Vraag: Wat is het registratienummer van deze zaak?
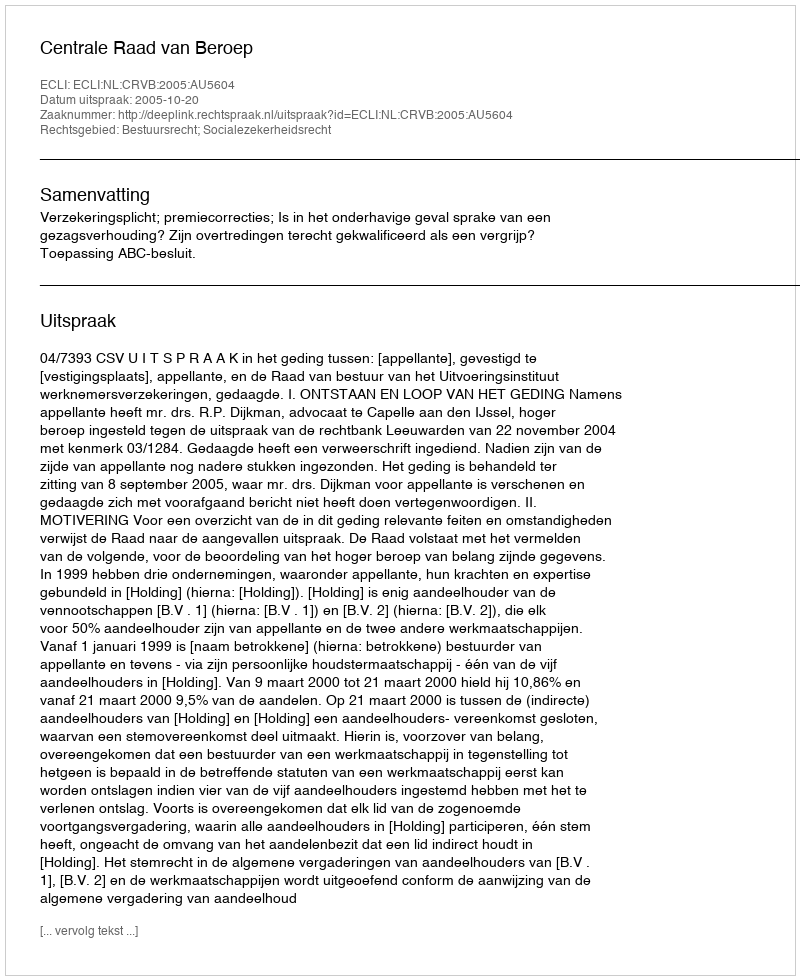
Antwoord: http://deeplink.rechtspraak.nl/uitspraak?id=ECLI:NL:CRVB:2005:AU5604